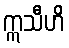
ဣသီဟိ